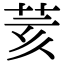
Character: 荄